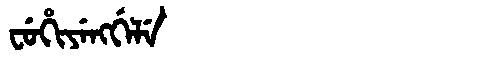
Manchu: ᠸᡠᡥᡳᠶᡝᠩᡤᡝᠯᡝ
Romanization: FUHIYENGGELE